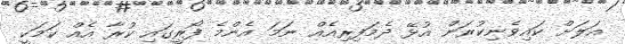
އަލަށް ކައިވެނިކުރަން އުޅޭ ދެމަފިރިއެއް ނަމަ އެންމެ ފޯރީގައި ކުރާ އެއް ކަމަކީ